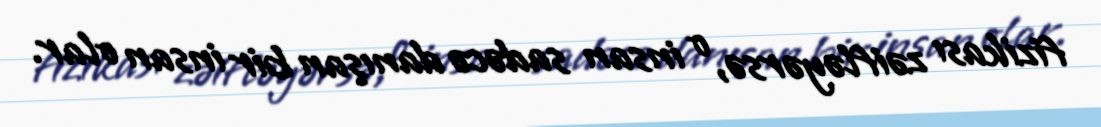
fizikası zəifləyərsə, o insan sadəcə danışan bir insan olar.